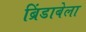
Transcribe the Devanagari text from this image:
ब्रिंडाबेला